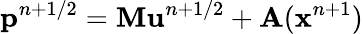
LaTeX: \mathbf{p}^{n+1/2}=\mathbf{M}\mathbf{u}^{n+1/2}+\mathbf{A}(\mathbf{x}^{n+1})